Lunatic asylums Punjab 1895-1910 - 1895-1910
Year: 1895
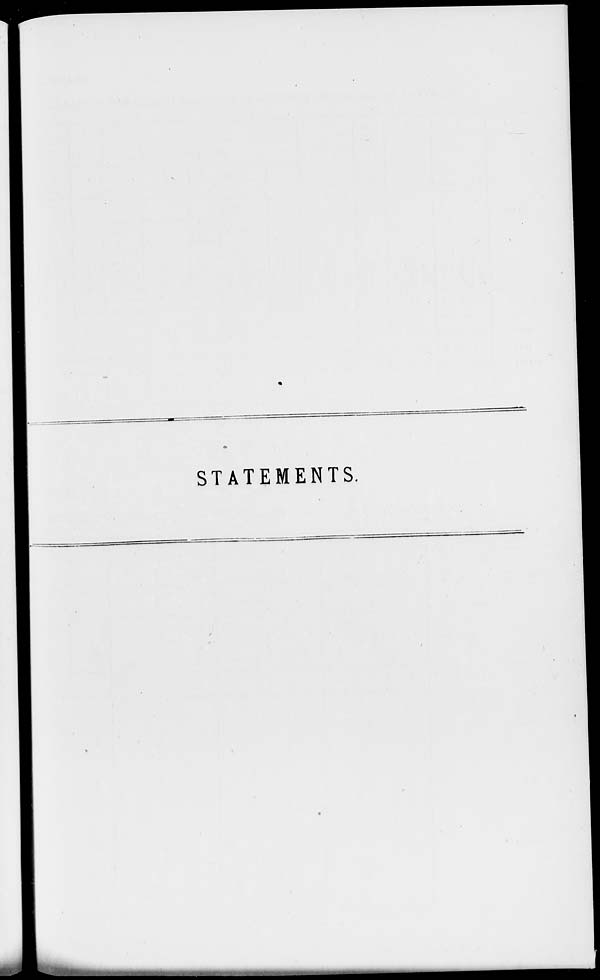
STATEMENTS.